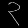
Digit: ၃